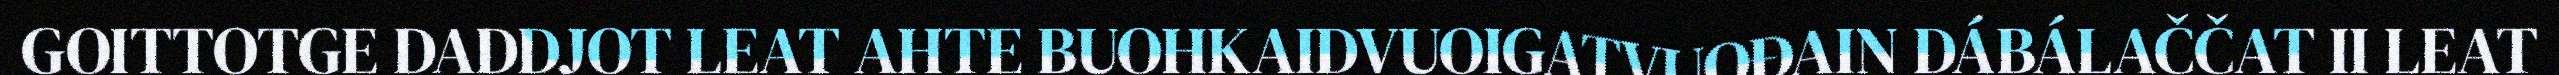
GOITTOTGE DADDJOT LEAT AHTE BUOHKAIDVUOIGATVUOĐAIN DÁBÁLAČČAT II LEAT